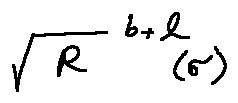
\sqrt { R } ^ { b + l } ( \sigma )